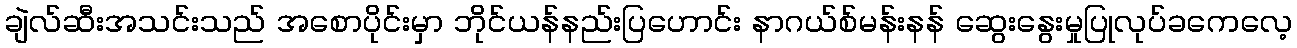
ချဲလ်ဆီးအသင်းသည် အစောပိုင်းမှာ ဘိုင်ယန်နည်းပြဟောင်း နာဂယ်စ်မန်းနန် ဆွေးနွေးမှုပြုလုပ်ခကေလေ့